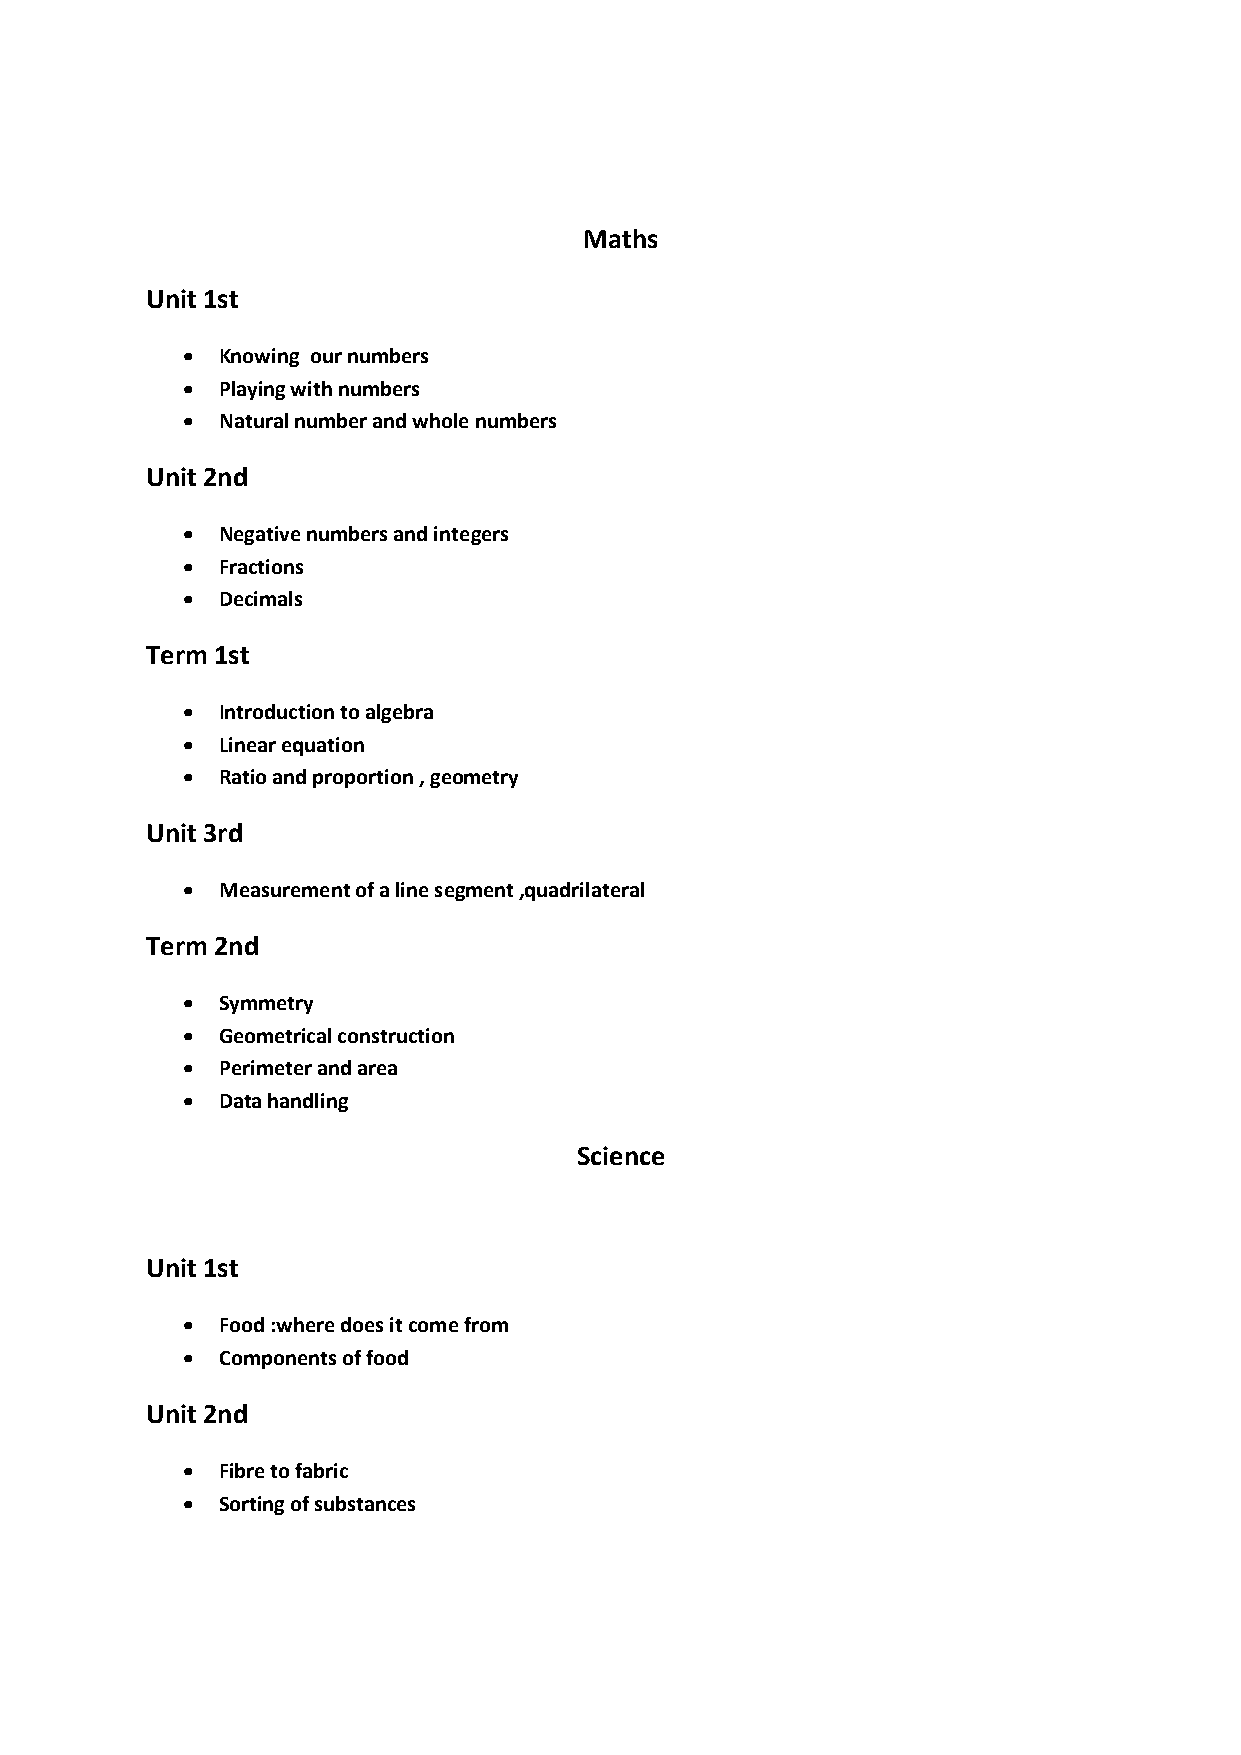
Maths
 Unit 1st
  Knowing our numbers
  Playing with numbers
  Natural number and whole numbers
 Unit 2nd
  Negative numbers and integers
  Fractions
  Decimals
 Term 1st
  Introduction to algebra
  Linear equation
  Ratio and proportion , geometry
 Unit 3rd
  Measurement of a line segment ,quadrilateral
 Term 2nd
  Symmetry
  Geometrical construction
  Perimeter and area
  Data handling
 Science
 Unit 1st
  Food :where does it come from
  Components of food
 Unit 2nd
  Fibre to fabric
  Sorting of substances